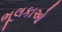
ભૂલકાઓ